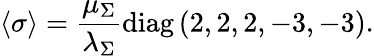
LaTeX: \left<\sigma\right>=\frac{\mu_{\Sigma}}{\lambda_{\Sigma}}\mathrm{diag}\left(2,2,2,-3,-3\right).